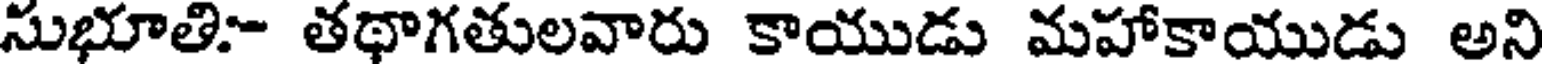
సుభూతి- తథాగతులవారు కాయుడు మహాకాయుడు అని